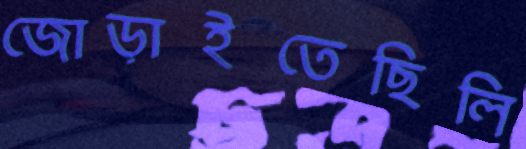
জোড়াইতেছিলি